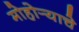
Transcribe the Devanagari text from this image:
मोहोर्‍याचे